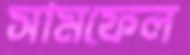
সামফেল